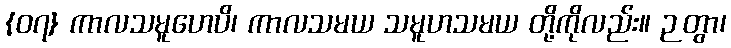
{၀၇} ကာလသမူဟေပိ၊ ကာလသမယ သမူဟသမယ တို့ကိုလည်း။ ဉတွာ၊